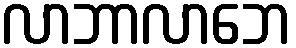
လာဘာလာဘေ